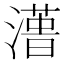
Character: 𱩑